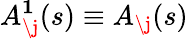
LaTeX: A_{\j}^{\mathbf{1}}(s)\equiv A_{\j}(s)